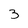
Character: 3